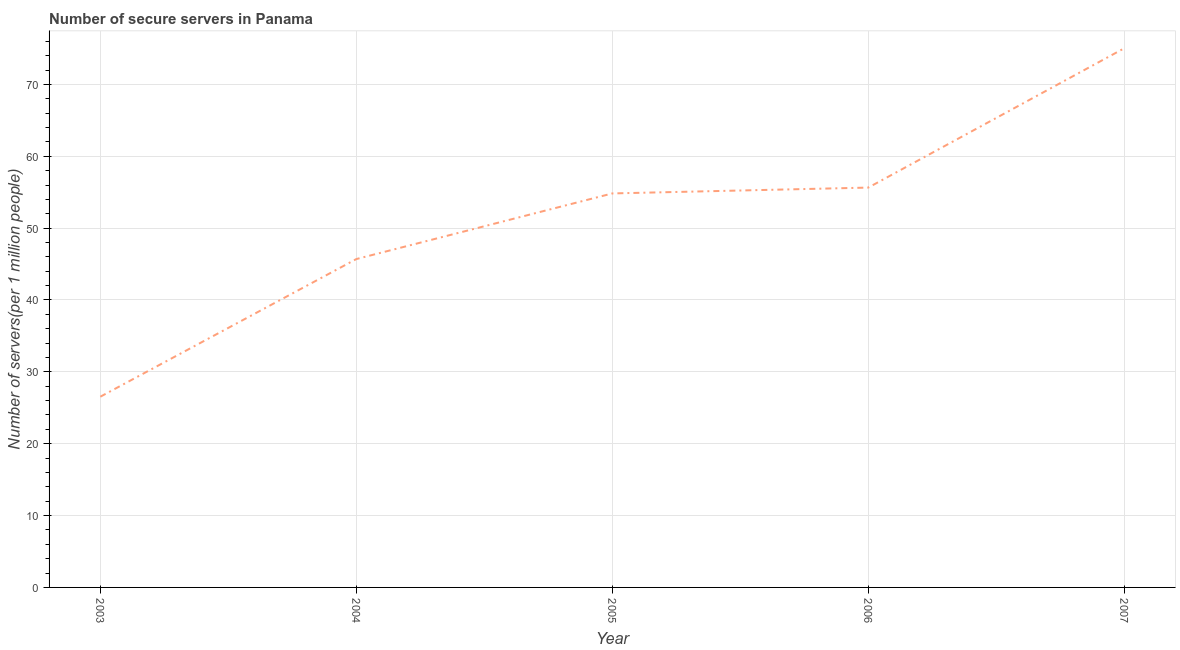
| Year | Secure Internet servers |
 | --- | --- |
 | 2003 | 26.5 |
 | 2004 | 45.7 |
 | 2005 | 54.8 |
 | 2006 | 55.6 |
 | 2007 | 75 |